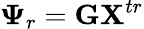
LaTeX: \boldsymbol{\Psi}_{r}=\mathbf{G}\mathbf{X}^{tr}